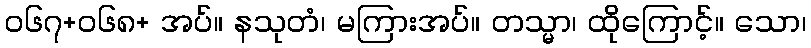
ဝ၆၇+၀၆၈+ အပ်။ နသုတံ၊ မကြားအပ်။ တသ္မာ၊ ထိုကြောင့်။ သော၊